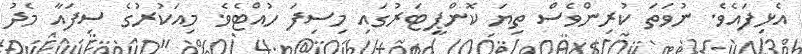
އެޅިފައެވެ. ނުވަތަ ކުރިންވެސް ތިޔަ ކޮންޕީޓަރުގައި މިސިފަ ހުއްޓެވެ. މިއަކުރުގެ ސިފައާ މެދު